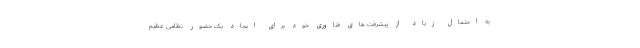
به احتمال زیاد از پیشرفت های فناوری خود برای ایجاد یک حضور نظامی عظیم